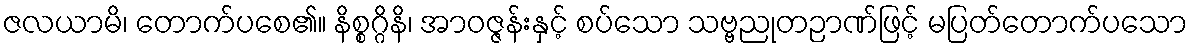
ဇလယာမိ၊ တောက်ပစေ၏။ နိစ္စဂ္ဂိနိ၊ အာဝဇ္ဇန်းနှင့် စပ်သော သဗ္ဗညုတဉာဏ်ဖြင့် မပြတ်တောက်ပသော